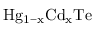
\mathrm { H g _ { 1 - x } C d _ { x } T e }